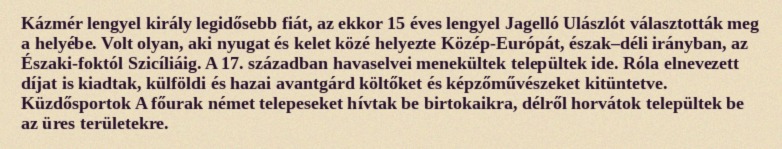
Kázmér lengyel király legidősebb fiát, az ekkor 15 éves lengyel Jagelló Ulászlót választották meg a helyébe. Volt olyan, aki nyugat és kelet közé helyezte Közép-Európát, észak–déli irányban, az Északi-foktól Szicíliáig. A 17. században havaselvei menekültek települtek ide. Róla elnevezett díjat is kiadtak, külföldi és hazai avantgárd költőket és képzőművészeket kitüntetve. Küzdősportok A főurak német telepeseket hívtak be birtokaikra, délről horvátok települtek be az üres területekre.